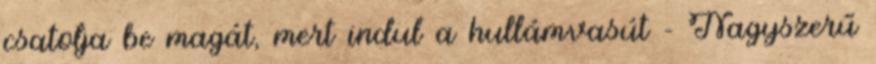
csatolja be magát, mert indul a hullámvasút - Nagyszerű